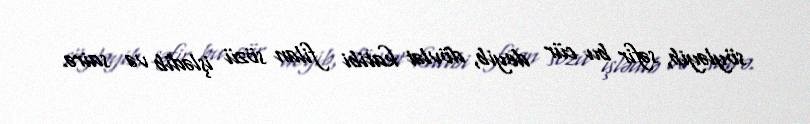
söyləyib, səfir bu cür deyib, dövlət katibi filan sözü işlədib və sairə.